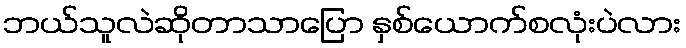
ဘယ်သူလဲဆိုတာသာပြော နှစ်ယောက်စလုံးပဲလား